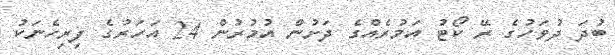
ބުދަ ދުވަހުގެ ރޭ ކޯޓު އަމުރެއްގެ ދަށުން އުމުރުން 24 އަހަރުގެ ފިރިހެނަކު